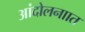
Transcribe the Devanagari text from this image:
आंदोलनाात